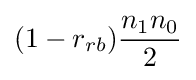
(1-r_{rb}){\frac {n_{1}n_{0}}{2}}